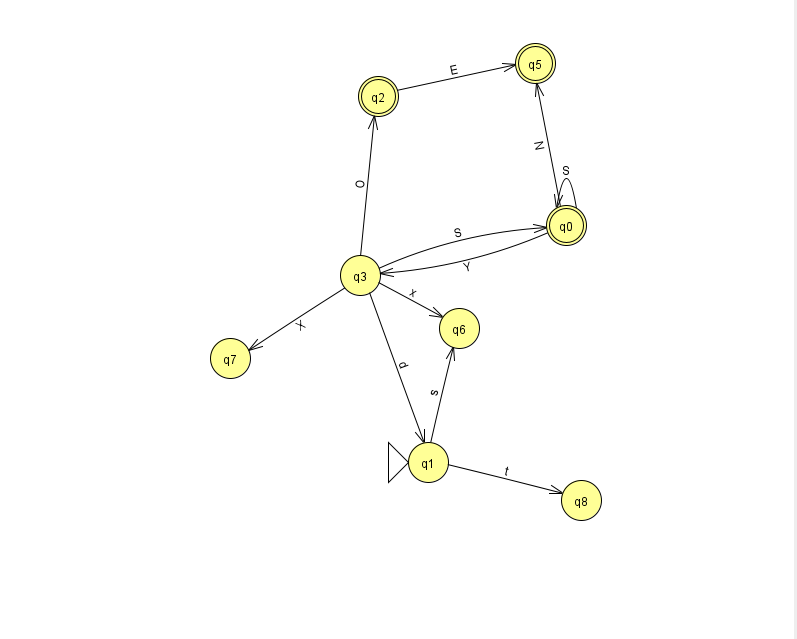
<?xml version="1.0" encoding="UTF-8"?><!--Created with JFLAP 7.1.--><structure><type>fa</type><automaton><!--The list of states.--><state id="0" name="q0"><x>566.0</x><y>212.0</y><final/></state><state id="1" name="q1"><x>428.0</x><y>449.0</y><initial/></state><state id="2" name="q2"><x>378.0</x><y>83.0</y><final/></state><state id="3" name="q3"><x>360.0</x><y>262.0</y></state><state id="5" name="q5"><x>535.0</x><y>50.0</y><final/></state><state id="6" name="q6"><x>459.0</x><y>315.0</y></state><state id="7" name="q7"><x>230.0</x><y>345.0</y></state><state id="8" name="q8"><x>581.0</x><y>487.0</y></state><!--The list of transitions.--><transition><from>3</from><to>6</to><read>x</read></transition><transition><from>3</from><to>2</to><read>O</read></transition><transition><from>0</from><to>0</to><read>S</read></transition><transition><from>1</from><to>8</to><read>t</read></transition><transition><from>0</from><to>3</to><read>Y</read></transition><transition><from>3</from><to>1</to><read>d</read></transition><transition><from>2</from><to>5</to><read>E</read></transition><transition><from>1</from><to>6</to><read>s</read></transition><transition><from>0</from><to>5</to><read>N</read></transition><transition><from>3</from><to>0</to><read>S</read></transition><transition><from>3</from><to>7</to><read>X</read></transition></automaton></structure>